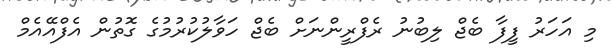
މި އަހަރު ފީފާ ބެޖް ލިބުނު ރެފްރީންނަށް ބެޖް ހަވާލުކުރުމުގެ ގޮތުން އެފްއޭއެމް